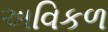
અવિકળ